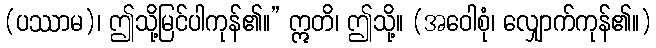
(ပဿာမ)၊ ဤသို့မြင်ပါကုန်၏။” ဣတိ၊ ဤသို့။ (အဝေါစုံ၊ လျှောက်ကုန်၏။)